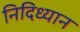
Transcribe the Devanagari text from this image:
निदिध्यान